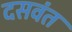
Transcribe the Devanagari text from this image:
दसवंत